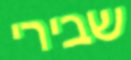
שבירי